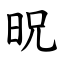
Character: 㫛